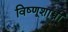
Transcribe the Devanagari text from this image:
विष्णूशास्त्री